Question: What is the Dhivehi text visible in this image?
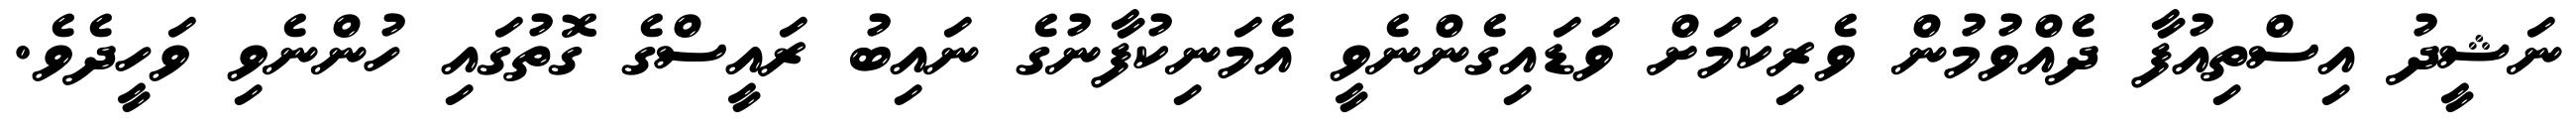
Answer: ނަޝީދު އިސްތިއުފާ ދެއްވުމުން ވެރިކަމަށް ވަޑައިގެންނެވީ އެމަނިކުފާނުގެ ނައިބު ރައީސްގެ ގޮތުގައި ހުންނެވި ވަހީދެވެ.